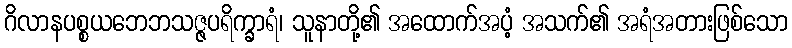
ဂိလာနပစ္စယဘေဘသဇ္ဇပရိက္ခာရံ၊ သူနာတို့၏ အထောက်အပံ့ အသက်၏ အရံအတားဖြစ်သော